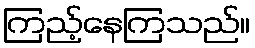
ကြည့်နေကြသည်။